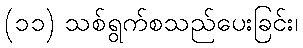
(၁၁) သစ်ရွက်စသည်ပေးခြင်း၊